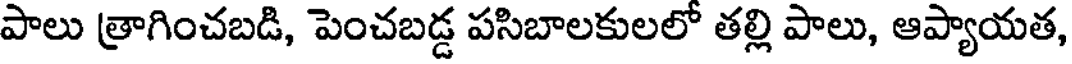
పాలు త్రాగించబడి, పెంచబడ్డ పసిబాలకులలో తల్లి పాలు, ఆప్యాయత,